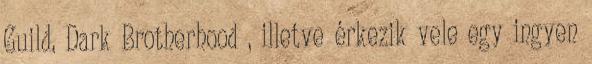
Guild, Dark Brotherhood , illetve érkezik vele egy ingyen